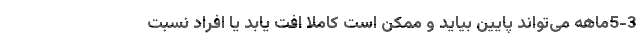
5-3ماهه می‌تواند پایین بیاید و ممکن است کاملا افت یابد یا افراد نسبت